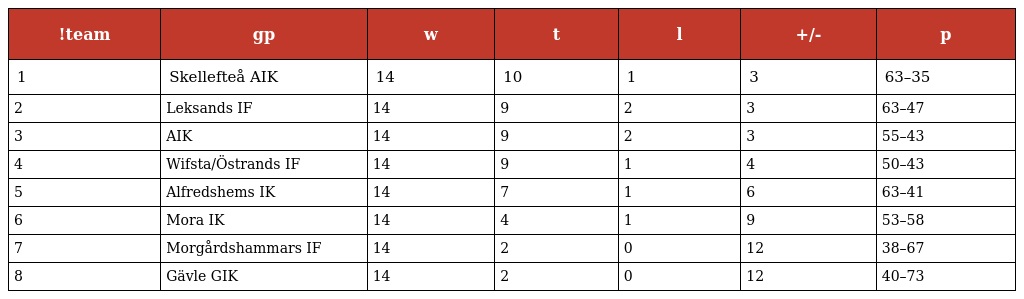
| !team | gp | w | t | l | +/- | p |
 | --- | --- | --- | --- | --- | --- | --- |
 | 1 | Skellefteå AIK | 14 | 10 | 1 | 3 | 63–35 |
 | 2 | Leksands IF | 14 | 9 | 2 | 3 | 63–47 |
 | 3 | AIK | 14 | 9 | 2 | 3 | 55–43 |
 | 4 | Wifsta/Östrands IF | 14 | 9 | 1 | 4 | 50–43 |
 | 5 | Alfredshems IK | 14 | 7 | 1 | 6 | 63–41 |
 | 6 | Mora IK | 14 | 4 | 1 | 9 | 53–58 |
 | 7 | Morgårdshammars IF | 14 | 2 | 0 | 12 | 38–67 |
 | 8 | Gävle GIK | 14 | 2 | 0 | 12 | 40–73 |